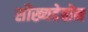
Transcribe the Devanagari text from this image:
सौख्यदेवोन